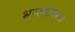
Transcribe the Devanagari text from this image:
भरल्यावरच